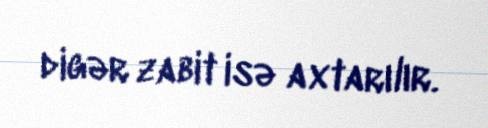
digər zabit isə axtarılır.